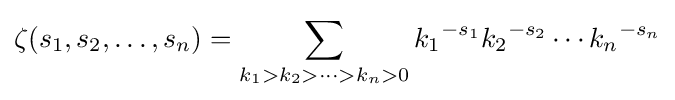
\zeta (s_{1},s_{2},\ldots ,s_{n})=\sum _{k_{1}>k_{2}>\cdots >k_{n}>0}{k_{1}}^{-s_{1}}{k_{2}}^{-s_{2}}\cdots {k_{n}}^{-s_{n}}